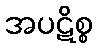
အပဋိစ္စ